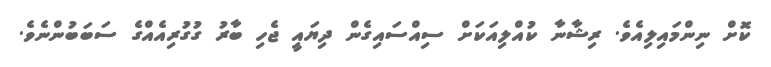
ކޮށް ނިންމައިލިއެވެ. ރިޝާނާ ކުއްލިއަކަށް ސިއްސައިގެން ދިޔައީ ޖެހި ބާރު ގުގުރިއެއްގެ ސަބަބުންނެވެ.